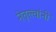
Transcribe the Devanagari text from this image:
नेतृत्त्वांनी